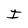
Character: I